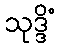
သုဒ္ဒိံ